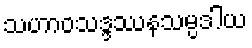
သဟာဝသဒ္ဒဿနသမ္ပဒါယ